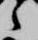
之